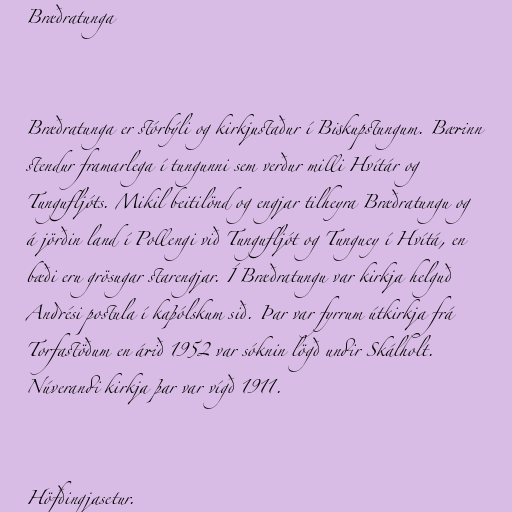
Bræðratunga

Bræðratunga er stórbýli og kirkjustaður í Biskupstungum. Bærinn
stendur framarlega í tungunni sem verður milli Hvítár og
Tungufljóts. Mikil beitilönd og engjar tilheyra Bræðratungu og
á jörðin land í Pollengi við Tungufljót og Tunguey í Hvítá, en
bæði eru grösugar starengjar. Í Bræðratungu var kirkja helguð
Andrési postula í kaþólskum sið. Þar var fyrrum útkirkja frá
Torfastöðum en árið 1952 var sóknin lögð undir Skálholt.
Núverandi kirkja þar var vígð 1911.

Höfðingjasetur.